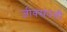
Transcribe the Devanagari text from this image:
जीवसंपत्ती